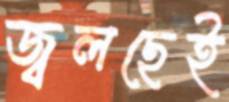
জ্বলছেই